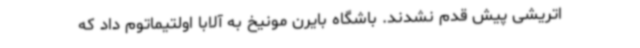
اتریشی پیش قدم نشدند. باشگاه بایرن مونیخ به آلابا اولتیماتوم داد که